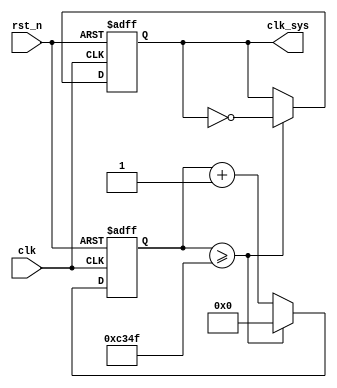
module clk_div (
    input clk,
    input rst_n,

    output reg clk_sys // 10Hz
);
        
        reg [31:0] clk_sys_cnt;
        always @(posedge clk or negedge rst_n) begin
            if(~rst_n) begin
                clk_sys <= 1'b0;
                clk_sys_cnt <= 32'd0;
            end
            // cnt = 25 when simulating
            else if (clk_sys_cnt >= 32'd4_999_9) begin // 2.5Hz // (2.5e6) // 50MHz --> 20ns // 10Hz --> 0.1s = 2.5e6 * 20ns * 2
                clk_sys <= ~clk_sys;
                clk_sys_cnt <= 32'd0;
            end
            else begin
                clk_sys <= clk_sys;
                clk_sys_cnt <= clk_sys_cnt + 32'd1;
            end
        end
    
endmodule